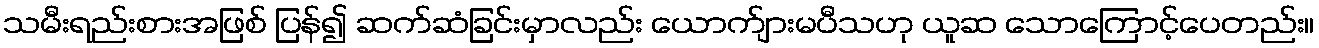
သမီးရည်းစားအဖြစ် ပြန်၍ ဆက်ဆံခြင်းမှာလည်း ယောက်ျားမပီသဟု ယူဆ သောကြောင့်ပေတည်း။